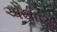
એથાણ